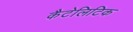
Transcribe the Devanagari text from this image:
कैटेलिटिक